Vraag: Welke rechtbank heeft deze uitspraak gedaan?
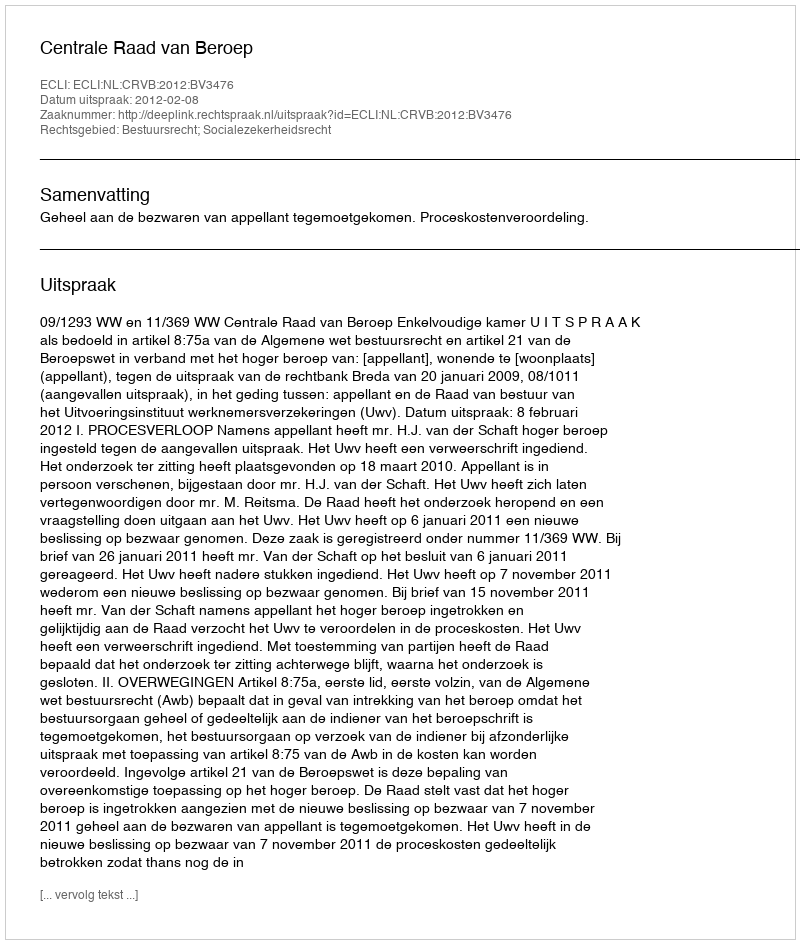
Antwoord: Centrale Raad van Beroep